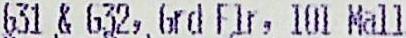
G31 & G32, GRD FLR, IOI MALL